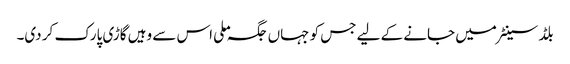
بلڈ سینٹر میں جانے کے لیے جس کو جہاں جگہ ملی اس سے وہیں گاڑی پارک کر دی۔